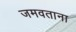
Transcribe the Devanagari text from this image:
जमवताना